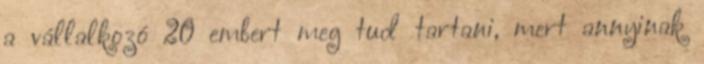
a vállalkozó 20 embert meg tud tartani, mert annyinak